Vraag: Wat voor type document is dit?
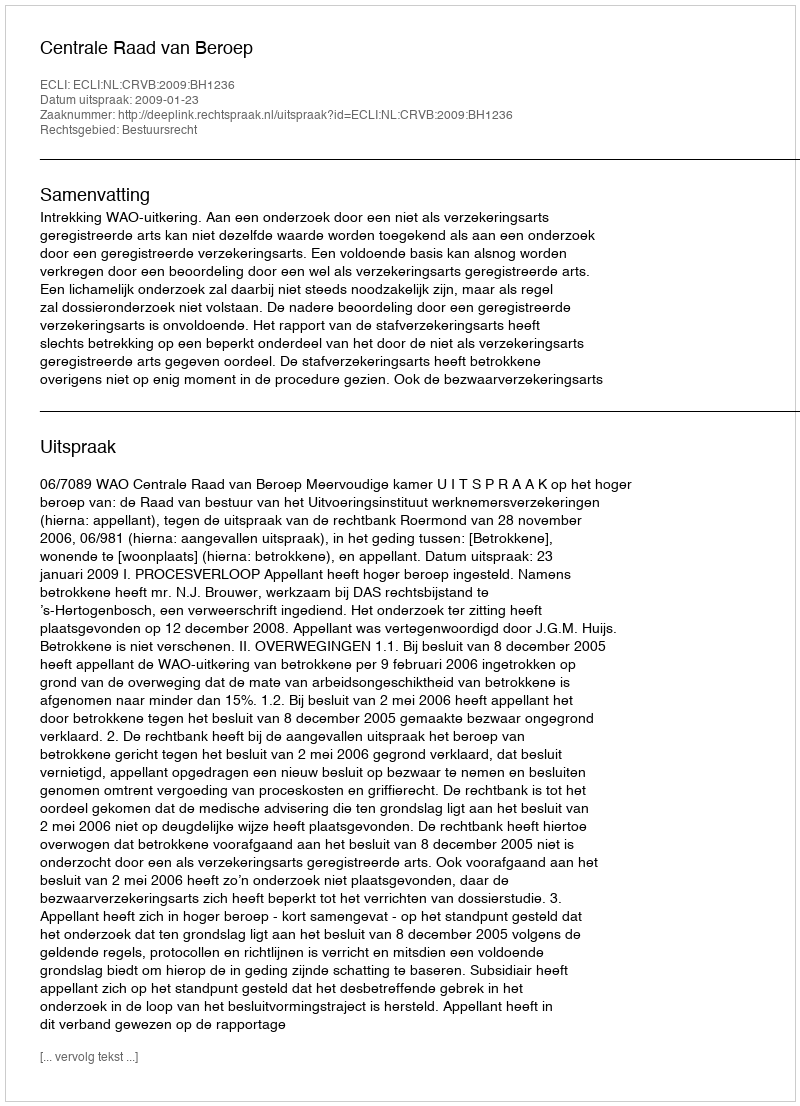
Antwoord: Uitspraak